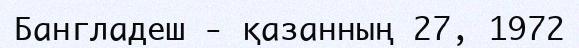
Бангладеш - қазанның 27, 1972